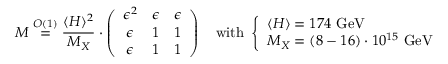
{ \cal M } \stackrel { { \cal O } ( 1 ) } { = } \frac { \langle H \rangle ^ { 2 } } { M _ { X } } \cdot \left( \begin{array} { c c c } { { \epsilon ^ { 2 } } } & { { \epsilon } } & { { \epsilon } } \\ { { \epsilon } } & { { 1 } } & { { 1 } } \\ { { \epsilon } } & { { 1 } } & { { 1 } } \end{array} \right) \ \ \ \mathrm { w i t h ~ } \left\{ \begin{array} { l } { { \langle H \rangle = 1 7 4 \mathrm { ~ G e V } } } \\ { { M _ { X } = ( 8 - 1 6 ) \cdot 1 0 ^ { 1 5 } \mathrm { ~ G e V } } } \end{array} \right.